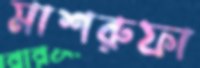
মাশরুফা